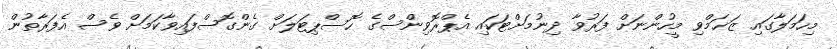
މިހަމަލާގައި ޒަޚަމްވި މީހުންނަށް ފަރުވާ ދިނުމަށްޓަކައި އެޕްރޮވިންސްގެ ހޮސްޕިޓަލަށް ގެންގޮސްފައިވާކަމަށް ވެސް އެފަރާތުން